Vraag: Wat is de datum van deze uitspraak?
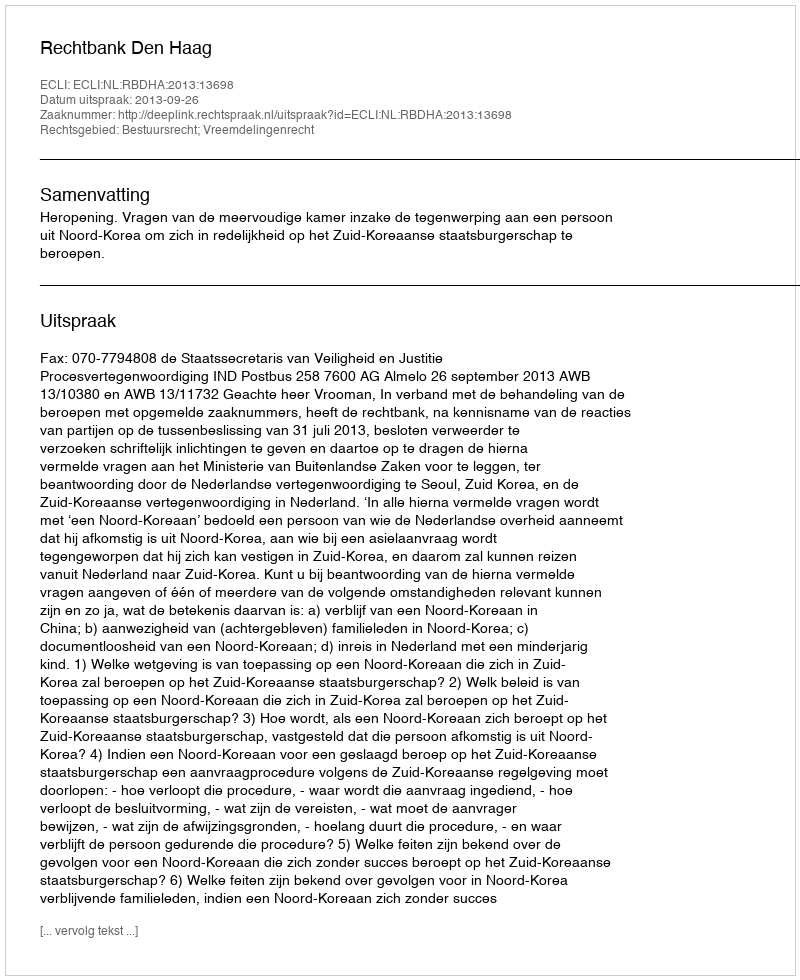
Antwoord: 2013-09-26